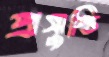
প্রসুপ্তি